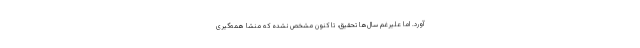
آورد. اما علیرغم سال‌ها تحقیق، تا کنون مشخص نشده که منشا همه‌گیری